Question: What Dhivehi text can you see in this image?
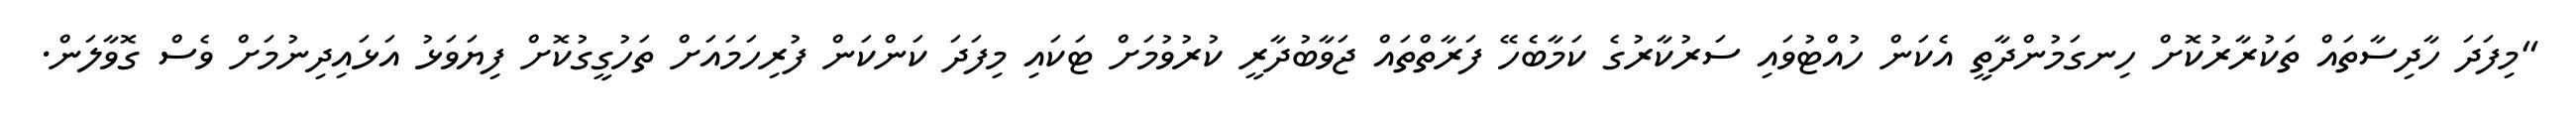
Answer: "މިފަދަ ހާދިސާތައް ތަކުރާރުކޮށް ހިނގަމުންދާތީ އެކަން ހުއްޓުވައި ސަރުކާރުގެ ކަމާބެހޭ ފަރާތްތައް ޖަވާބުދާރީ ކުރުވުމަށް ޓަކައި މިފަދަ ކަންކަން ފުރިހަމައަށް ތަހުގީގުކޮށް ފިޔަވަޅު އަޅައިދިނުމަށް ވެސް ގޮވާލަން.